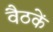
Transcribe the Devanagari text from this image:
वैठकें